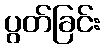
ပွတ်ခြင်း